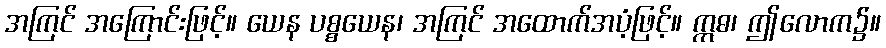
အကြင် အကြောင်းဖြင့်။ ယေန ပစ္စယေန၊ အကြင် အထောက်အပံ့ဖြင့်။ ဣဓ၊ ဤလောက၌။